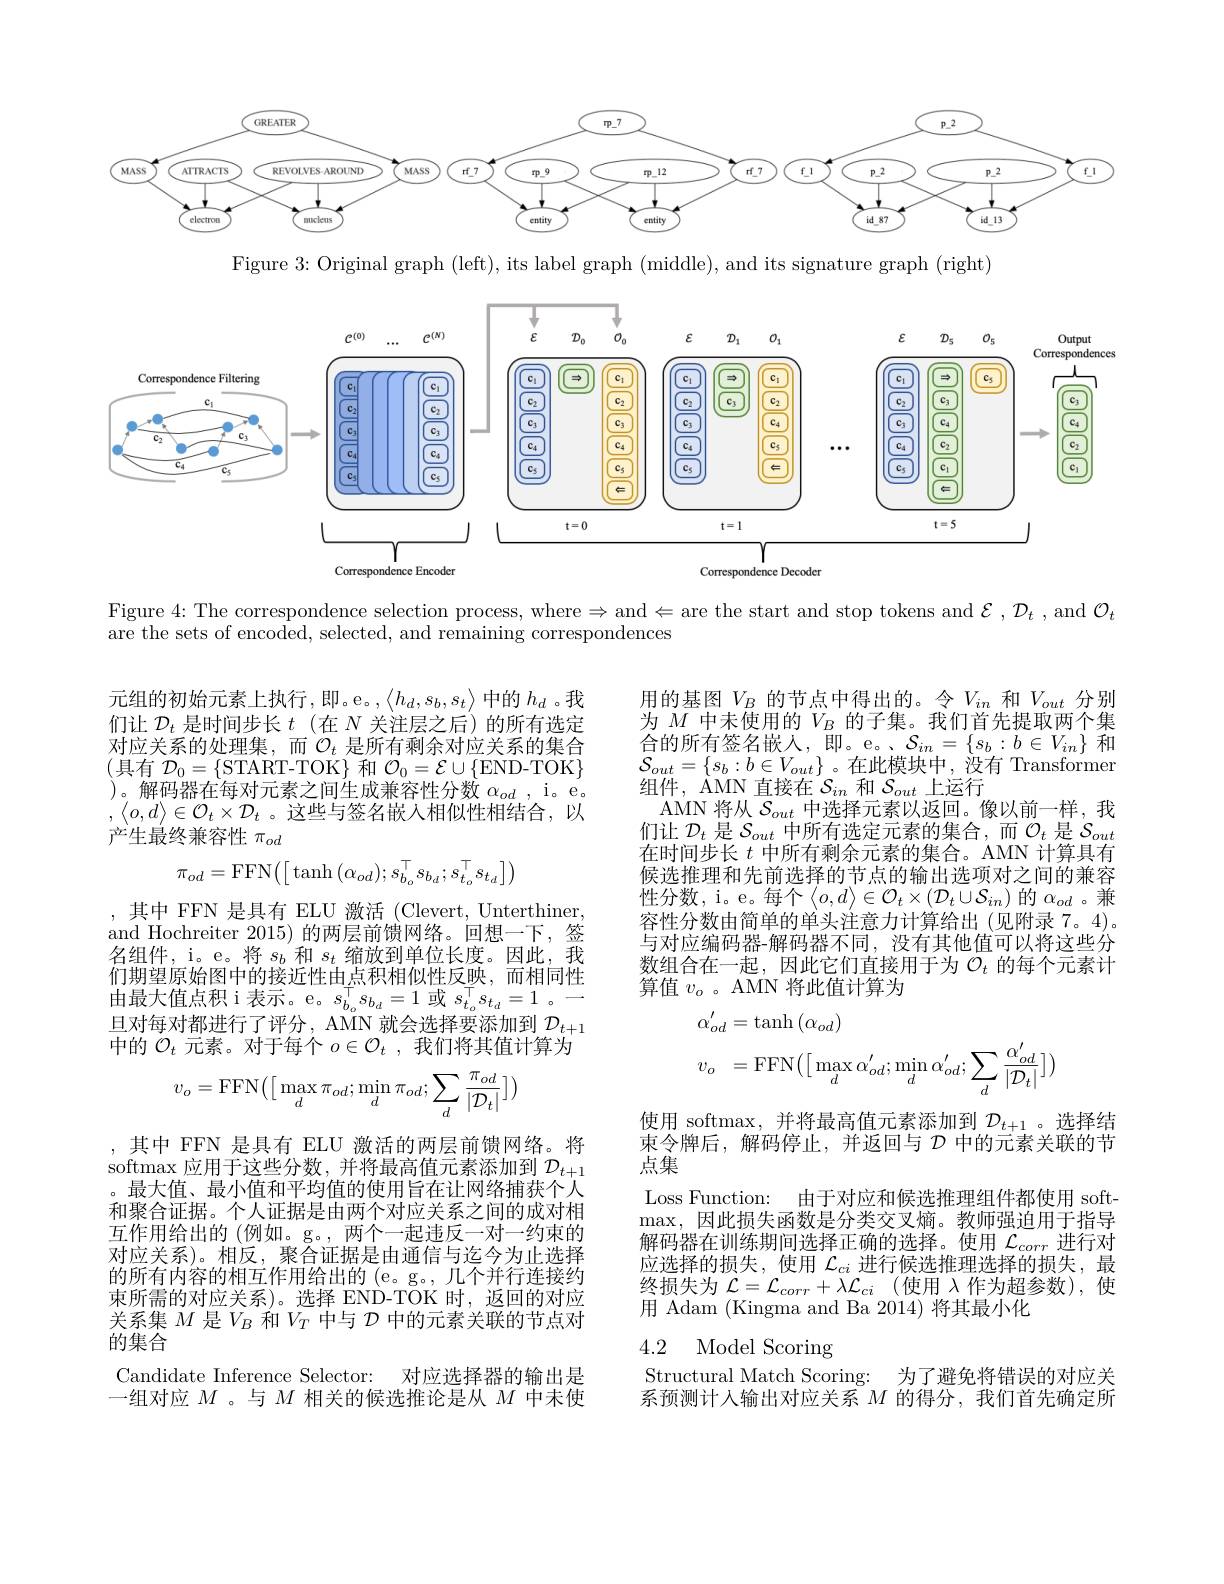
<FigureHere>

Figure 3: Original graph (left), its label graph (middle), and its signature graph (right)

<FigureHere>

Figure 4:The correspondence selection process, where$\Rightarrow$ and$\Leftarrow$are the start and stop tokens and $\mathcal{E},\mathcal{D}_t$,and $\mathcal{O}_t$

are the sets of encoded, selected, and remaining correspondences

元组的初始元素上执行，即。e。$,\left\langle h_d,s_b,s_t\right\rangle$中的$h_d$。我们让$\mathcal{D}_t$是时间步长$t$ (在$N$关注层之后)的所有选定对应关系的处理集，而$\mathcal{O}_t$是所有剩余对应关系的集合(具有 $\mathcal{D}_0=\{$START-TOK} 和 $\mathcal{O}_0=\mathcal{E}\cup\{$END-TOK$\}$ )。解码器在每对元素之间生成兼容性分数$\alpha_od$, i。e。$,\left\langle o,d\right\rangle\in\mathcal{O}_{t}\times\mathcal{D}_{t}$ 。这些与签名嵌入相似性相结合，以产生最终兼容性$\pi_od$

用的基图$V_B$的节点中得出的。令$V_in$和$V_out$分别为$M$中未使用的$V_B$的子集。我们首先提取两个集合 的 所 有 签 名 嵌 人 , 即 。e。、 $\mathcal{S} _{in}= \{ s_b: b\in V_{in}\}$ 和 合 的 所 有 签 名 嵌 入 , 即 。e。、 $\mathcal{S} _{in}= \{ s_b: b\in V_{in}\}$ 和$\mathcal{S}_{out}=\{s_b:b\in V_{out}\}$。在此模块中，没有 Transformer 组件，AMN 直接在$\mathcal{S}_in$和$\mathcal{S}_out$上运行
AMN 将从$\mathcal{S}_out$中选择元素以返回。像以前一样，我们让$\mathcal{D}_t$是$\mathcal{S}_out$中所有选定元素的集合，而$\mathcal{O}_t$是$\mathcal{S}_out$ 在时间步长$t$中所有剩余元素的集合。AMN 计算具有候选推理和先前选择的节点的输出选项对之间的兼容性分数，i。e。每个$\left\langle o,d\right\rangle\in\mathcal{O}_t\times\left(\mathcal{D}_t\cup\mathcal{S}_{in}\right)$的$\alpha_od$。兼容性分数由简单的单头注意力计算给出(见附录 7。4)。与对应编码器-解码器不同，没有其他值可以将这些分数组合在一起，因此它们直接用于为$\mathcal{O}_t$的每个元素计算值$v_o$ 。AMN 将此值计算为
$$\pi_{od}=\mathrm{FFN}\big(\big[\tanh{(\alpha_{od})};s_{b_{o}}^{\top}s_{b_{d}};s_{t_{o}}^{\top}s_{t_{d}}\big]\big)$$
,其中 FFN 是具有 ELU 激活 (Clevert, Unterthiner and Hochreiter 2015) 的两层前馈网络。回想一下，签名组件，i。e。将$s_b$和$s_t$缩放到单位长度。因此，我们期望原始图中的接近性由点积相似性反映，而相同性由最大值点积 i 表示。e。$s_{b_o}^\top s_{b_d}=1$或$s_{t_o}^\top s_{t_d}=1$。旦对每对都进行了评分，AMN 就会选择要添加到$\mathcal{D}_t+1$ 中的$\mathcal{O}_t$元素。对于每个$o\in\mathcal{O}_t$,我们将其值计算为
$$\begin{aligned}&\alpha_{od}^{\prime}=\mathrm{tanh}\left(\alpha_{od}\right)\\&v_{o}=\mathrm{FFN}\big(\big[\max_{d}\alpha_{od}^{\prime};\min_{d}\alpha_{od}^{\prime};\sum_{d}\frac{\alpha_{od}^{\prime}}{|\mathcal{D}_{t}|}\big]\big)\end{aligned}$$
$$v_o=\mathrm{FFN}\big(\big[\max_d\pi_{od};\min_d\pi_{od};\sum_d\frac{\pi_{od}}{\big|\mathcal{D}_t\big|}\big]\big)$$
使用 softmax, 并将最高值元素添加到$\mathcal{D}_t+1$ 。选择结束令牌后，解码停止，并返回与$\mathcal{D}$中的元素关联的节点集
Loss Function: 由于对应和候选推理组件都使用 soft $\max$,因此损失函数是分类交叉熵。教师强迫用于指导解码器在训练期间选择正确的选择。使用$\mathcal{L}_{corr}$进行对应选择的损失，使用$\mathcal{L}_ci$进行候选推理选择的损失，最终损失为$\mathcal{L} = \mathcal{L} _{corr}+ \lambda \mathcal{L} _{ci}$ (使用$\lambda$作为超参数),使用 Adam (Kingma and Ba 2014) 将其最小化

,其中 FFN 是具有 ELU 激活的两层前馈网络。将softmax 应用于这些分数，并将最高值元素添加到$\mathcal{D}_t+1$ 。最大值、最小值和平均值的使用旨在让网络捕获个人和聚合证据。个人证据是由两个对应关系之间的成对相互作用给出的 (例如。g。,两个一起违反一对一约束的对应关系)。相反，聚合证据是由通信与迄今为止选择的所有内容的相互作用给出的 (e。g。, 几个并行连接约束所需的对应关系)。选择 END-TOK 时，返回的对应关系集$M$是$V_B$和$V_T$中与$\mathcal{D}$中的元素关联的节点对的集合
Candidate Inference Selector: 对应选择器的输出是一组对应$M$ 。与$M$相关的候选推论是从$M$中未使

### 4.2 Model Scoring

Structural Match Scoring: 为了避免将错误的对应关系预测计人输出对应关系$M$的得分，我们首先确定所